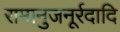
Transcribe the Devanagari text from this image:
रामानुजनूर्रदादि